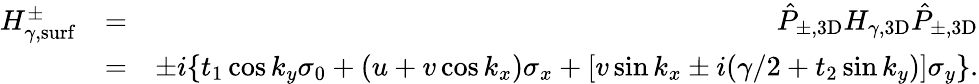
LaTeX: \begin{array}{rlr}{H_{\gamma,\mathrm{surf}}^{\pm}}&{=}&{\hat{P}_{\pm,\mathrm{3D}}H_{\gamma,\mathrm{3D}}\hat{P}_{\pm,\mathrm{3D}}}\\ &{=}&{\pm i\{ t_{1}\cos k_{y}\sigma_{0}+(u+v\cos k_{x})\sigma_{x}+[v\sin k_{x}\pm i(\gamma/2+t_{2}\sin k_{y})]\sigma_{y}\} .}\end{array}